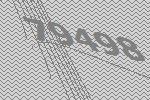
79498